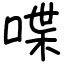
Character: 喋